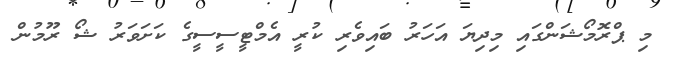
މި ޕްރޮމޯޝަންގައި މިދިޔަ އަހަރު ބައިވެރި ކުރީ އެމްޓީސީސީގެ ކަށަވަރު ޝޯ ރޫމުން